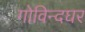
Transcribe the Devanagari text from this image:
गोविन्दघर